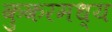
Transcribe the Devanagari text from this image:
कुकरमध्य